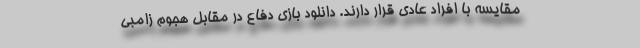
مقایسه با افراد عادی قرار دارند. دانلود بازی دفاع در مقابل هجوم زامبی